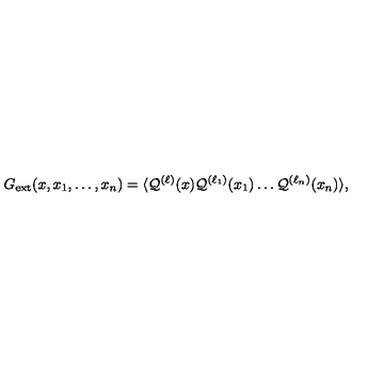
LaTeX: G _ { \mathrm { e x t } } ( x , x _ { 1 } , \ldots , x _ { n } ) = \langle { \cal Q } ^ { ( \ell ) } ( x ) { \cal Q } ^ { ( \ell _ { 1 } ) } ( x _ { 1 } ) \ldots { \cal Q } ^ { ( \ell _ { n } ) } ( x _ { n } ) \rangle ,